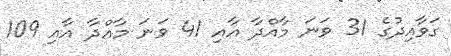
ގަވާއިދުގެ 31 ވަނަ މާއްދާ އާއި 41 ވަނަ މާއްދާ އާއި 109